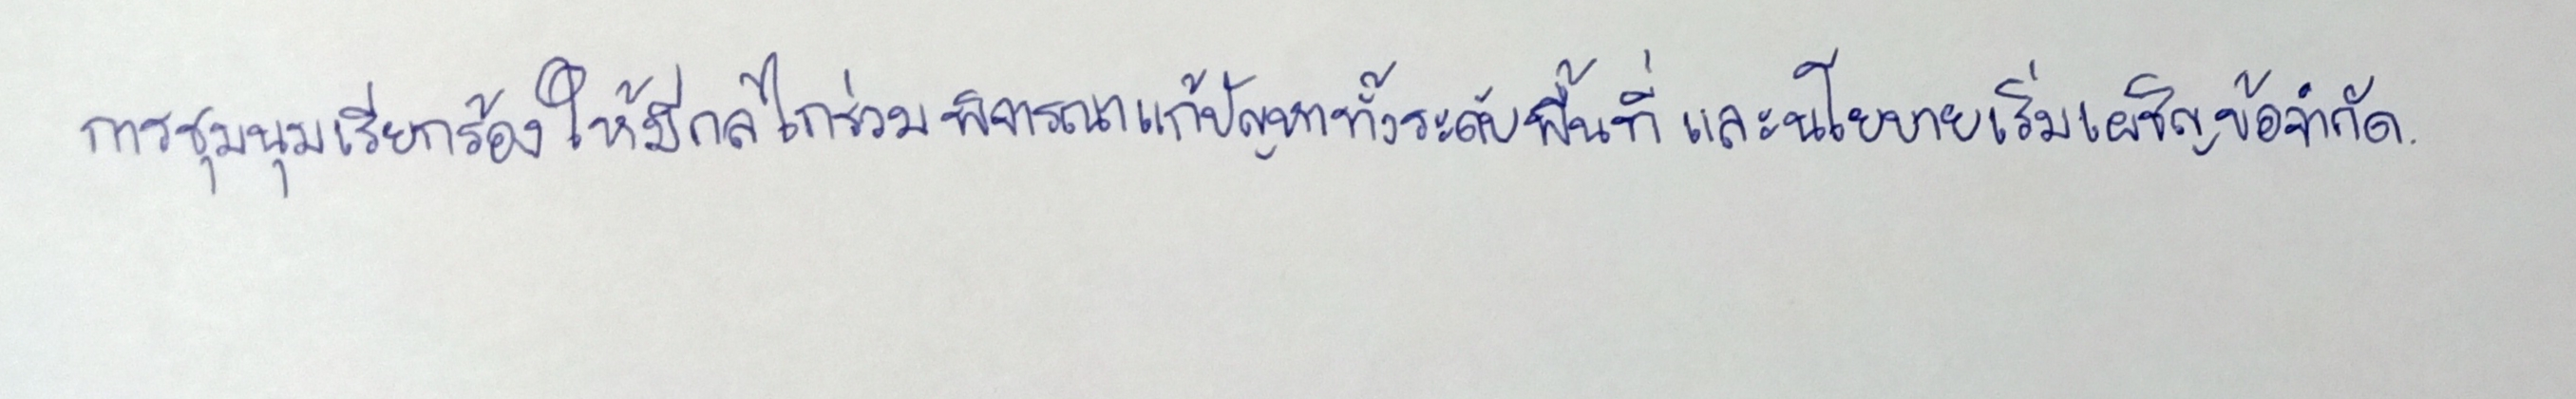
การชุมนุมเรียกร้องให้มีกลไกร่วมพิจารณาแก้ปัญหาทั้งระดับพื้นที่และนโยบายเริ่มเผชิญข้อจำกัด